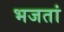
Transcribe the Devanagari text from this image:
भजतां